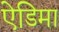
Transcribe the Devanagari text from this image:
ऐडिमा